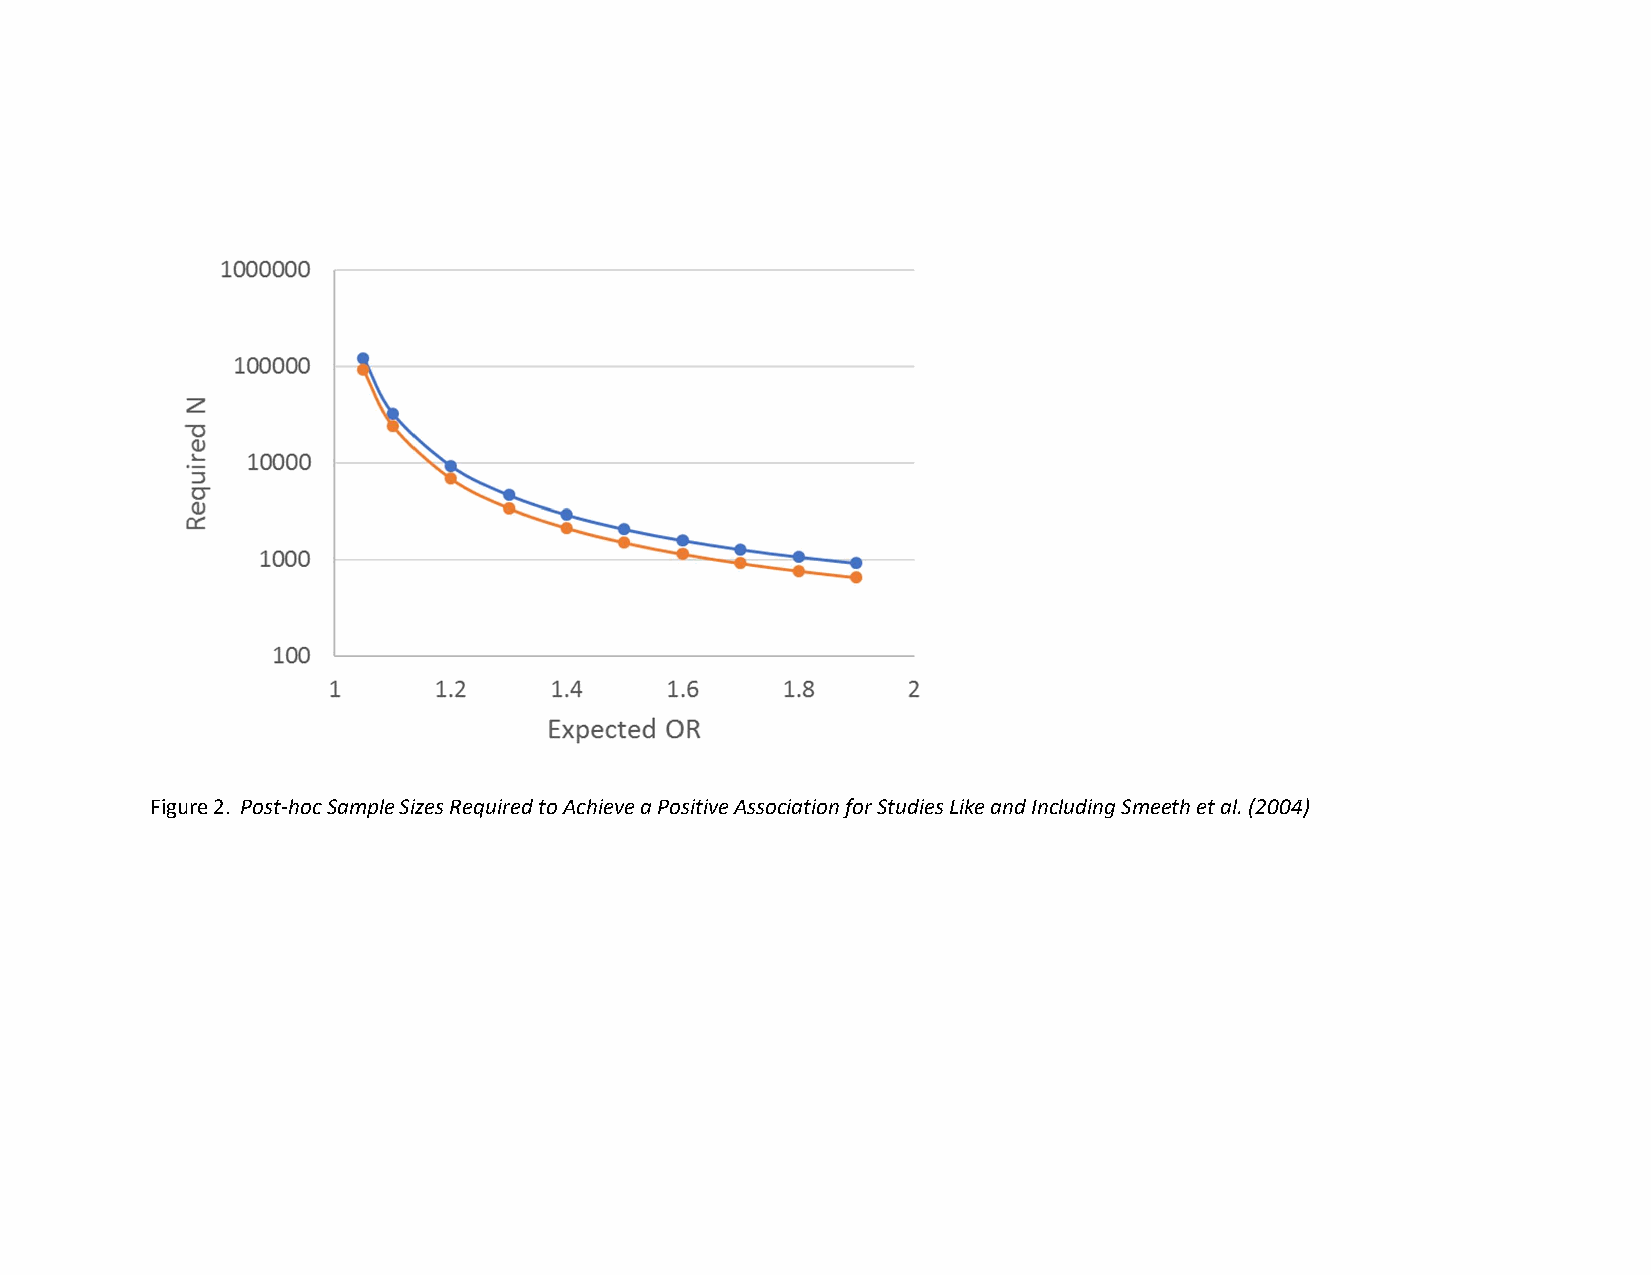
Figure 2. Post-hoc Sample Sizes Required to Achieve a Positive Association for Studies Like and Including Smeeth et al. (2004)